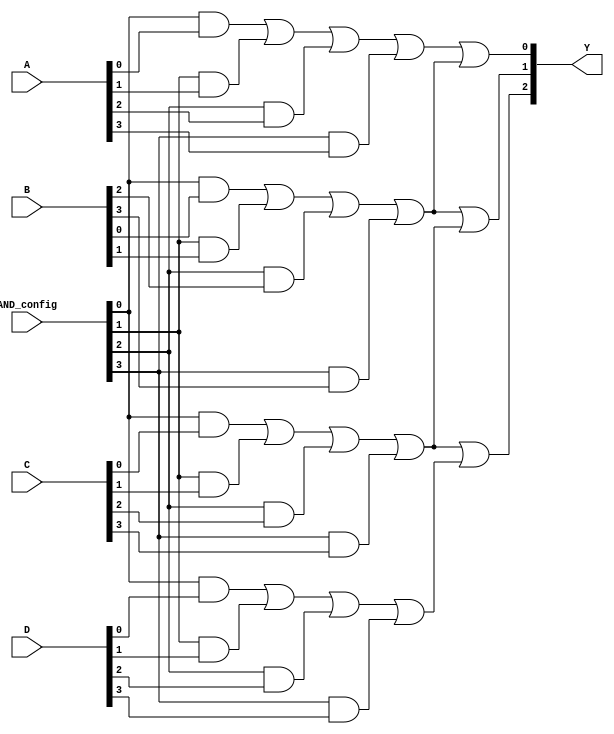
module PAL (
    input wire [3:0] A,   // 4 input signals (A[3:0])
    input wire [3:0] B,   // 4 input signals (B[3:0])
    input wire [3:0] C,   // 4 input signals (C[3:0])
    input wire [3:0] D,   // 4 input signals (D[3:0])
    input wire [3:0] AND_config, // Configuration for AND gates
    output wire [2:0] Y   // 3 output signals (Y[2:0])
);

    // Intermediate product terms from the programmable AND array
    wire [3:0] P; // Assuming 4 product terms

    // Programmable AND gates
    assign P[0] = (AND_config[0] & A[0]) | (AND_config[1] & A[1]) | (AND_config[2] & A[2]) | (AND_config[3] & A[3]);
    assign P[1] = (AND_config[0] & B[0]) | (AND_config[1] & B[1]) | (AND_config[2] & B[2]) | (AND_config[3] & B[3]);
    assign P[2] = (AND_config[0] & C[0]) | (AND_config[1] & C[1]) | (AND_config[2] & C[2]) | (AND_config[3] & C[3]);
    assign P[3] = (AND_config[0] & D[0]) | (AND_config[1] & D[1]) | (AND_config[2] & D[2]) | (AND_config[3] & D[3]);

    // Fixed OR array combining product terms
    assign Y[0] = P[0] | P[1]; // Output Y0
    assign Y[1] = P[1] | P[2]; // Output Y1
    assign Y[2] = P[2] | P[3]; // Output Y2

endmodule